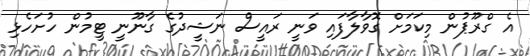
އެ ގްރޫޕުން މިކަމަށް ގޮވާލާފައި ވަނީ ރައީސް ނަޝީދުގެ ގާނޫނީ ޓީމުން ހުށަހެޅި